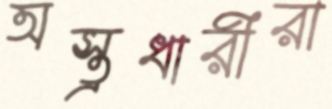
অস্ত্রধারীরা